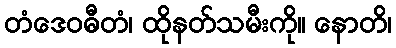
တံဒေဝဓီတံ၊ ထိုနတ်သမီးကို။ နောတိ၊